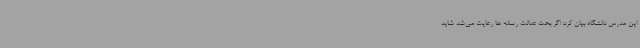
این مدرس دانشگاه بیان کرد: اگر بحث عدالت رسانه ها رعایت می‌شد شاید